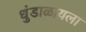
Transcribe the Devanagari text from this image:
धुंडाळायला